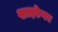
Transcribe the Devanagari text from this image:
शाइडेगर